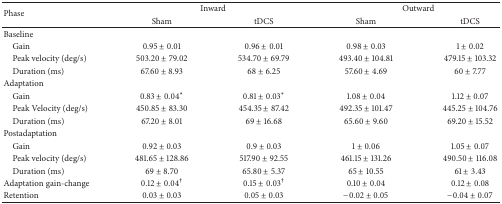
<table><thead><tr><td rowspan="2"><b>Phase</b></td><td colspan="2"><b>Inward</b></td><td colspan="2"><b>Outward</b></td></tr><tr><td><b>Sham</b></td><td><b>tDCS</b></td><td><b>Sham</b></td><td><b>tDCS</b></td></tr></thead><tbody><tr><td>Baseline</td><td> </td><td> </td><td> </td><td> </td></tr><tr><td> Gain </td><td>0.95 ± 0.01</td><td>0.96 ± 0.01</td><td>0.98 ± 0.03</td><td>1 ± 0.02</td></tr><tr><td> Peak velocity (deg/s)</td><td>503.20 ± 79.02</td><td>534.70 ± 69.79</td><td>493.40 ± 104.81</td><td>479.15 ± 103.32</td></tr><tr><td> Duration (ms)</td><td>67.60 ± 8.93</td><td>68 ± 6.25</td><td>57.60 ± 4.69</td><td>60 ± 7.77</td></tr><tr><td>Adaptation</td><td> </td><td> </td><td> </td><td> </td></tr><tr><td> Gain</td><td>0.83 ± 0.04<sup>*</sup></td><td>0.81 ± 0.03<sup>*</sup></td><td>1.08 ± 0.04</td><td>1.12 ± 0.07</td></tr><tr><td> Peak Velocity (deg/s) </td><td>450.85 ± 83.30</td><td>454.35 ± 87.42</td><td>492.35 ± 101.47</td><td>445.25 ± 104.76</td></tr><tr><td> Duration (ms)</td><td>67.20 ± 8.01</td><td>69 ± 16.68</td><td>65.60 ± 9.60</td><td>69.20 ± 15.52</td></tr><tr><td>Postadaptation</td><td> </td><td> </td><td> </td><td> </td></tr><tr><td> Gain</td><td>0.92 ± 0.03</td><td>0.9 ± 0.03</td><td>1 ± 0.06</td><td>1.05 ± 0.07</td></tr><tr><td> Peak velocity (deg/s)</td><td>481.65 ± 128.86</td><td>517.90 ± 92.55</td><td>461.15 ± 131.26</td><td>490.50 ± 116.08</td></tr><tr><td> Duration (ms)</td><td>69 ± 8.70</td><td>65.80 ± 5.37</td><td>65 ± 10.55</td><td>61 ± 3.43</td></tr><tr><td>Adaptation gain-change</td><td>0.12 ± 0.04<sup>†</sup></td><td>0.15 ± 0.03<sup>†</sup></td><td>0.10 ± 0.04</td><td>0.12 ± 0.08</td></tr><tr><td>Retention </td><td>0.03 ± 0.03</td><td>0.05 ± 0.03</td><td>−0.02 ± 0.05</td><td>−0.04 ± 0.07</td></tr></tbody></table>